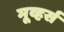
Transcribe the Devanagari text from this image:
मूव्हर्स